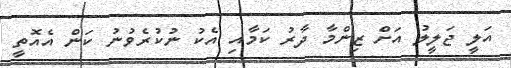
އަލީ ޖަލީލު އަށް ޒިންމާ ދާރު ކަމާއި އެކު ނުކުރެވުނު ކަން އެއޮތީ